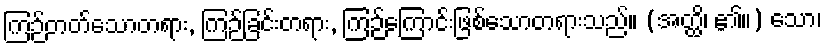
ကြဉ်တတ်သောတရား, ကြဉ်ခြင်းတရား, ကြဉ်ကြောင်းဖြစ်သောတရားသည်။ (အတ္ထိ၊ ၏။) သော၊